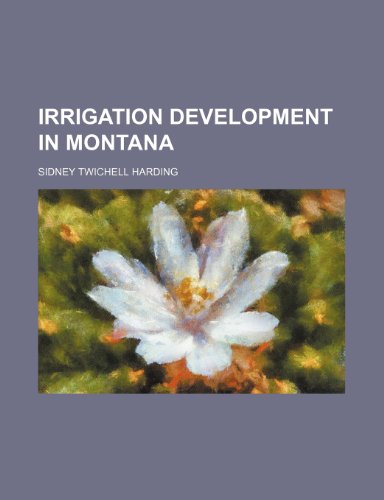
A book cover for Irrigation development in Montana; Sidney Twichell Harding; Science & Math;